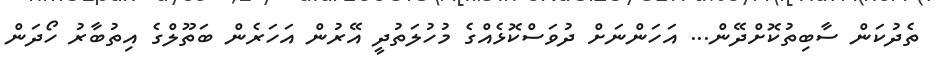
ތެދުކަން ސާބިތުކޮށްދޭން... އަހަންނަށް ދުވަސްކޮޅެއްގެ މުހުލަތުދީ އޭރުން އަހަރެން ބަތޫލްގެ އިތުބާރު ހޯދަން